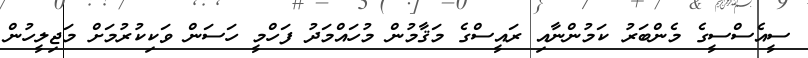
ސީއެސްސީގެ މެންބަރު ކަމުންނާއި ރައީސްގެ މަޤާމުން މުހައްމަދު ފަހްމީ ހަސަން ވަކިކުރުމަށް މަޖިލީހުން